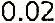
0.02